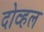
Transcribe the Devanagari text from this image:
दोव्हल